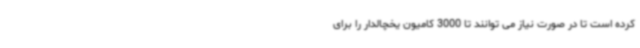
کرده است تا در صورت نیاز می توانند تا 3000 کامیون یخچالدار را برای